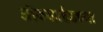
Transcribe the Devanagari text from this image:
ऑक्‍साईडच्या